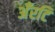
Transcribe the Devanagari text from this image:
अँरटि